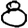
Digit: 8